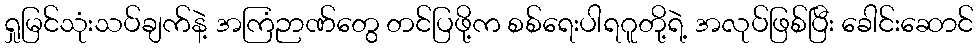
ရှုမြင်သုံးသပ်ချက်နဲ့ အကြံဉာဏ်တွေ တင်ပြဖို့က စစ်ရေးပါရဂူတို့ရဲ့ အလုပ်ဖြစ်ပြီး ခေါင်းဆောင်